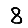
Digit: 8